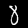
Digit: 8